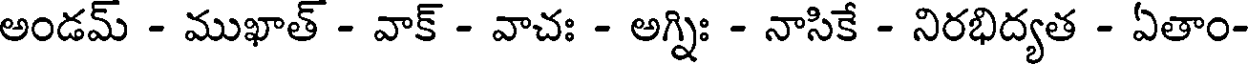
అండమ్ - ముఖాత్ - వాక్ - వాచః - అగ్నిః - నాసికే - నిరభిద్యత - ఏతాం-